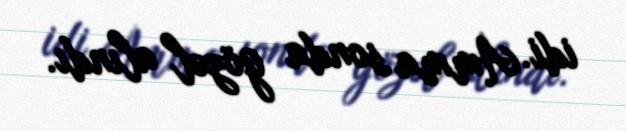
idi. Amma sonda gözəl alındı.